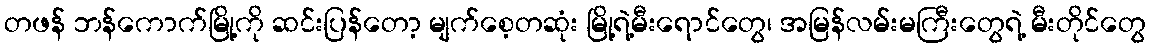
တဖန် ဘန်ကောက်မြို့ကို ဆင်းပြန်တော့ မျက်စေ့တဆုံး မြို့ရဲ့မီးရောင်တွေ၊ အမြန်လမ်းမကြီးတွေရဲ့ မီးတိုင်တွေ